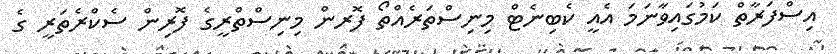
އިސްފަރާތް ކަމުގައިވާނަމަ އެއީ ކެބިނެޓް މިނިސްތަރެއްތޯ ފޮރން މިނިސްތްރީގެ ފޮރިން ސެކްރެތަރީ ގެ